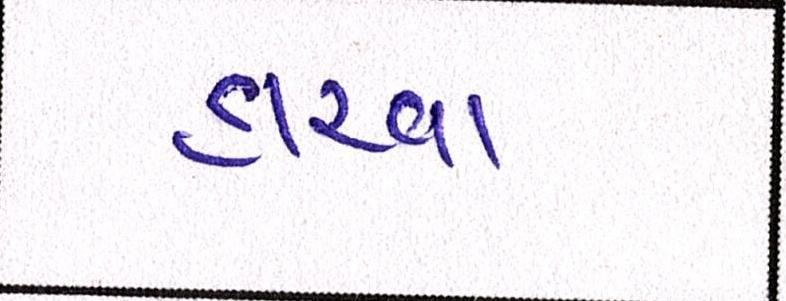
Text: હારવા